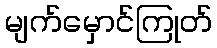
မျက်မှောင်ကြုတ်